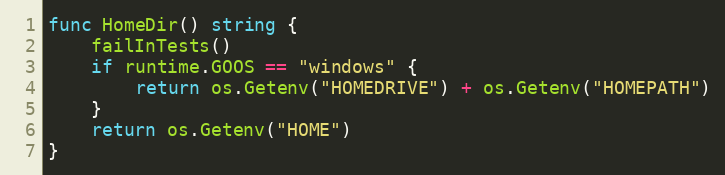
Language: Go
func HomeDir() string {
	failInTests()
	if runtime.GOOS == "windows" {
		return os.Getenv("HOMEDRIVE") + os.Getenv("HOMEPATH")
	}
	return os.Getenv("HOME")
}